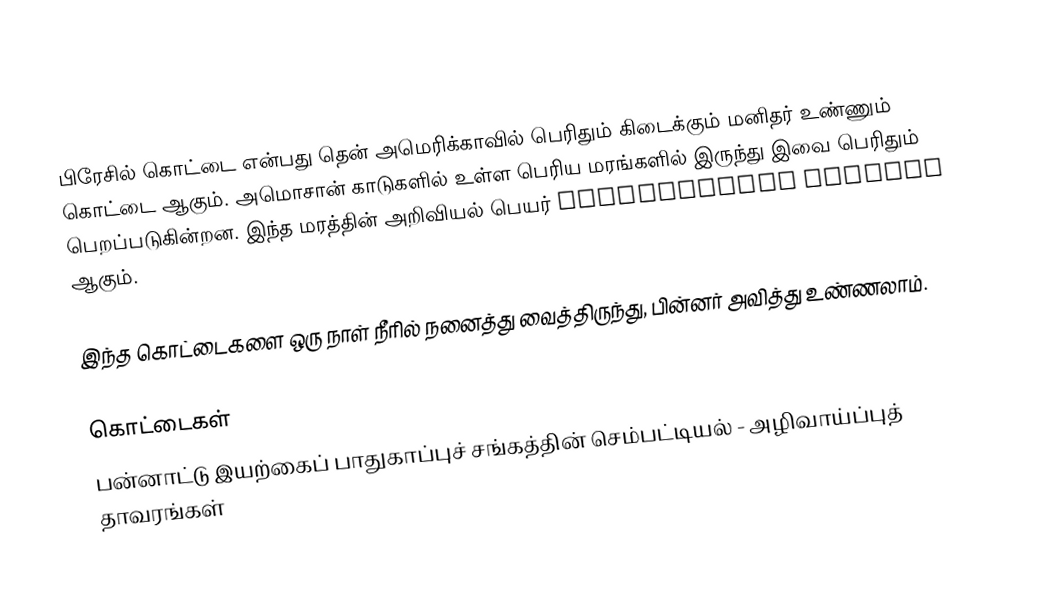
பிரேசில் கொட்டை என்பது தென் அமெரிக்காவில் பெரிதும் கிடைக்கும் மனிதர் உண்ணும் கொட்டை ஆகும். அமொசான் காடுகளில் உள்ள பெரிய மரங்களில் இருந்து இவை பெரிதும் பெறப்படுகின்றன. இந்த மரத்தின் அறிவியல் பெயர் Bertholletia excelsa ஆகும்.

இந்த கொட்டைகளை ஒரு நாள் நீரில் நனைத்து வைத்திருந்து, பின்னர் அவித்து உண்ணலாம்.

கொட்டைகள்
பன்னாட்டு இயற்கைப் பாதுகாப்புச் சங்கத்தின் செம்பட்டியல் - அழிவாய்ப்புத் தாவரங்கள்